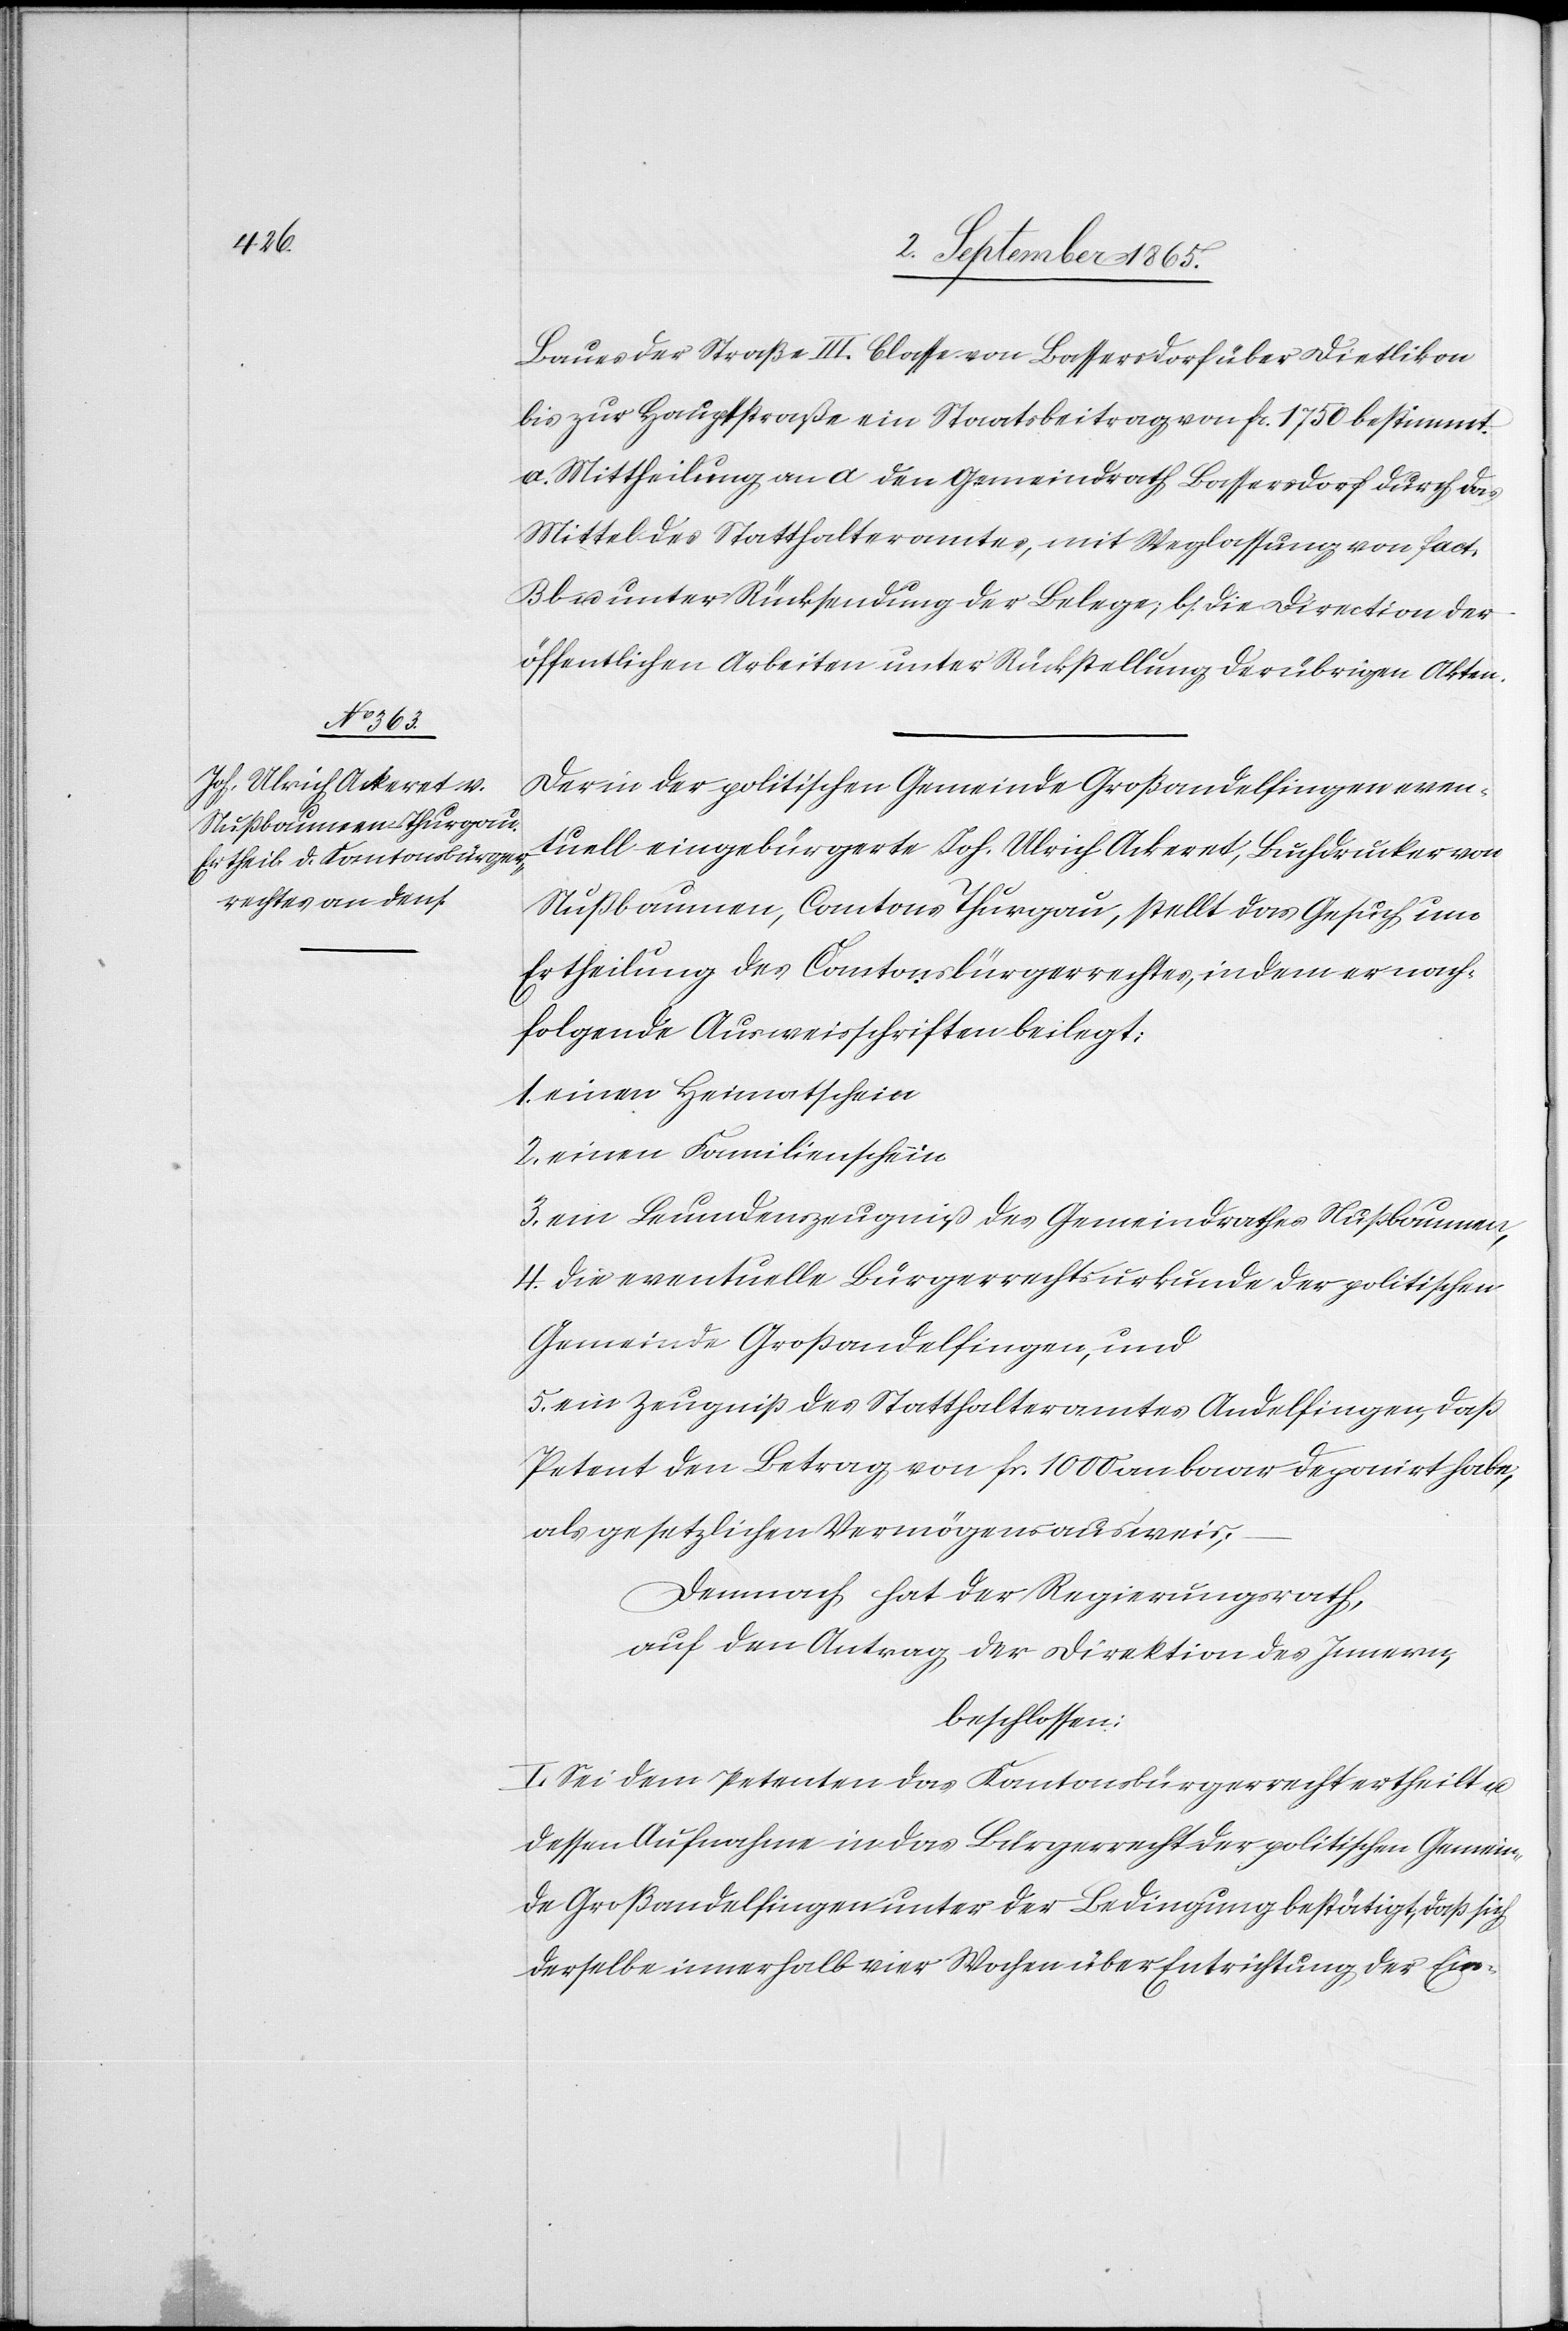
Baues der Straße III. Classe von Bassersdorf über Dietlikon
bis zur Hauptstraße ein Staatsbeitrag von fr. 1750 bestimmt.
Mittheilung an a den Gemeindrath Bassersdorf durch das
Mittel des Statthalteramtes, mit Weglassung von fact.
B b u. unter Rücksendung der Belege; b. die Direction der
öffentlichen Arbeiten unter Rückstellung der übrigen Akten.
Der in der politischen Gemeinde Großandelfingen even¬
tuell eingebürgerte Joh. Ulrich Ackeret, Buchdrucker von
Nußbaumen, Cantons Thurgau, stellt das Gesuch um
Ertheilung des Cantonsbürgerrechts, indem er nach¬
folgende Ausweisschriften beilegt:
1. einen Heimatschein
2. einen Familienschein
3. ein Leumdenzeugniß des Gemeindrathes Nußbaumen,
4. die eventuelle Bürgerrechtsurkunde der politischen
Gemeinde Großandelfingen, und
5. ein Zeugniß des Statthalteramtes Andelfingen, daß
Petent den Betrag von fr. 1000 an baar deponirt habe,
als gesetzlichen Vermögensausweis;
Demnach hat der Regierungsrath,
auf den Antrag der Direktion des Innern,
beschlossen:
I. Sei dem Petenten das Kantonsbürgerrecht ertheilt u.
dessen Aufnahme in das Bürgerrecht der politischen Gemein¬
de Großandelfingen unter der Bedingung bestätigt, daß sich
derselbe innerhalb vier Wochen über Entrichtung der Ein-